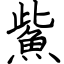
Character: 鮆